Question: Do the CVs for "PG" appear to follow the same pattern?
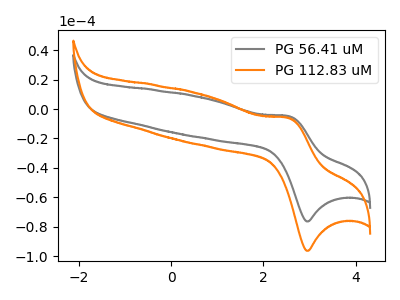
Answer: <think>The gray curve "PG 56.41 uM" has an anodic peak at (2.55V, -4.90uA) and a cathodic peak at (2.95V, -76.45uA). The orange curve "PG 112.83 uM" has an anodic peak at (2.55V, -6.15uA) and a cathodic peak at (2.95V, -96.40uA).
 All the peaks in "PG 56.41 uM" have a peak in "PG 112.83 uM" at the same potential.</think>
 <answer>All the CV's of "PG" have similar shape.</answer>
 <eval>follow_rule</eval>